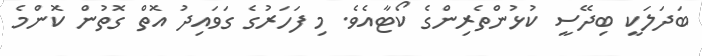
ބަދަލަކީ ބިދޭސީ ކުޅުންތެރިންގެ ކޯޓާއެވެ. މި ފަހަރުގެ ގަވައިދު އޮތް ގޮތުން ކޮންމެ